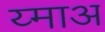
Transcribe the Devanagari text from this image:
य्माअ